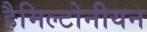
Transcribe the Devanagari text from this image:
हैमिल्टोनीयन